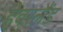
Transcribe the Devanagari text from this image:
हेवरलैंड